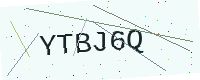
Text: YTBJ6Q